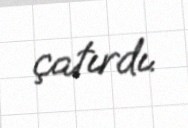
çatırdı.